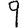
Digit: 9